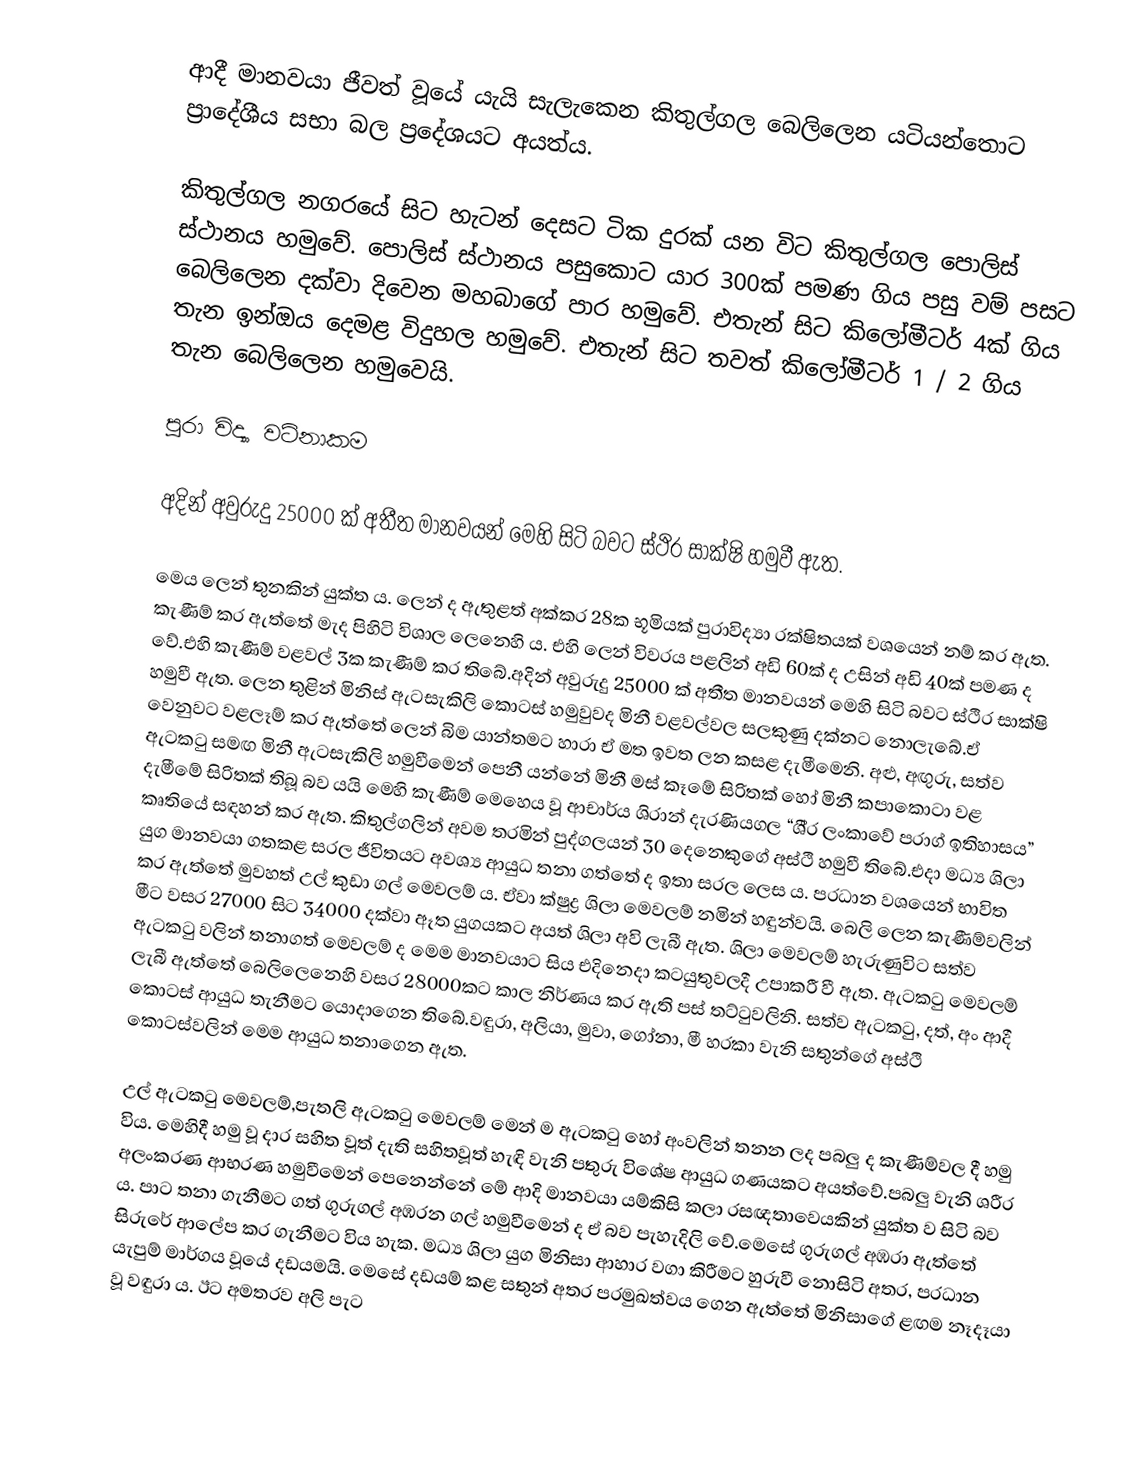
ආදී මානවයා ජීවත් වූයේ යැයි සැලැකෙන කිතුල්ගල බෙලිලෙන යටියන්තොට ප්‍රාදේශීය සභා බල ප්‍රදේශයට අයත්ය.

කිතුල්ගල නගරයේ සිට හැටන් දෙසට ටික දුරක් යන විට කිතුල්ගල පොලිස් ස්ථානය හමුවේ. පොලිස් ස්ථානය පසුකොට යාර 300ක් පමණ ගිය පසු වම් පසට බෙලිලෙන දක්වා දිවෙන මහබාගේ පාර හමුවේ. එතැන් සිට කිලෝමීටර් 4ක් ගිය තැන ඉන්ඔය දෙමළ විදුහල හමුවේ. එතැන් සිට තවත් කිලෝමීටර් 1 / 2 ගිය තැන බෙලිලෙන හමුවෙයි.

පුරා විද්‍යා වටිනාකම

අදින් අවුරුදු 25000 ක් අතීත මානවයන් මෙහි සිටි බවට ස්ථිර සාක්ෂි හමුවී ඇත.

මෙය ලෙන් තුනකින් යුක්ත ය. ලෙන් ද ඇතුළත් අක්කර 28ක භූමියක් පුරාවිද්‍යා රක්ෂිතයක් වශයෙන් නම් කර ඇත. කැණීම් කර ඇත්තේ මැද පිහිටි විශාල ලෙනෙහි ය. එහි ලෙන් විවරය පළලින් අඩි 60ක් ද උසින් අඩි 40ක් පමණ ද වේ.එහි කැණීම් වළවල් 3ක කැණීම් කර තිබේ.අදින් අවුරුදු 25000 ක් අතීත මානවයන් මෙහි සිටි බවට ස්ථිර සාක්ෂි හමුවී ඇත. ලෙන තුළින් මිනිස් ඇටසැකිලි කොටස් හමුවුවද මිනී වළවල්වල සලකුණු දක්නට නොලැබේ.ඒ වෙනුවට වළලෑම් කර ඇත්තේ ලෙන් බිම යාන්තමට හාරා ඒ මත ඉවත ලන කසළ දැමීමෙනි. අළු, අඟුරු, සත්ව ඇටකටු සමඟ මිනී ඇටසැකිලි හමුවීමෙන් පෙනී යන්නේ මිනී මස් කෑමේ සිරිතක් හෝ මිනී කපාකොටා වළ දැමීමේ සිරිතක් තිබූ බව යයි මෙහි කැණීම් මෙහෙය වූ ආචාර්ය ශිරාන් දැරණියගල “ශී‍්‍ර ලංකාවේ ප‍්‍රාග් ඉතිහාසය” කෘතියේ සඳහන් කර ඇත. කිතුල්ගලින් අවම තරමින් පුද්ගලයන් 30 දෙනෙකුගේ අස්ථි හමුවී තිබේ.එදා මධ්‍ය ශිලා යුග මානවයා ගතකළ සරල ජීවිතයට අවශ්‍ය ආයුධ තනා ගත්තේ ද ඉතා සරල ලෙස ය. ප‍්‍රධාන වශයෙන් භාවිත කර ඇත්තේ මුවහත් උල් කුඩා ගල් මෙවලම් ය. ඒවා ක්ෂුද්‍ර ශිලා මෙවලම් නමින් හඳුන්වයි. බෙලි ලෙන කැණීම්වලින් මීට වසර 27000 සිට 34000 දක්වා ඈත යුගයකට අයත් ශිලා අවි ලැබී ඇත. ශිලා මෙවලම් හැරුණුවිට සත්ව ඇටකටු වලින් තනාගත් මෙවලම් ද මෙම මානවයාට සිය එදිනෙදා කටයුතුවලදී උපාකරී වී ඇත. ඇටකටු මෙවලම් ලැබී ඇත්තේ බෙලිලෙනෙහි වසර 28000කට කාල නිර්ණය කර ඇති පස් තට්ටුවලිනි. සත්ව ඇටකටු, දත්, අං ආදී කොටස් ආයුධ තැනීමට යොදාගෙන තිබේ.වඳුරා, අලියා, මුවා, ගෝනා, මී හරකා වැනි සතුන්ගේ අස්ථි කොටස්වලින් මෙම ආයුධ තනාගෙන ඇත.

උල් ඇටකටු මෙවලම්,පැතලි ඇටකටු මෙවලම් මෙන් ම ඇටකටු හෝ අංවලින් තනන ලද පබලු ද කැණීම්වල දී හමු විය. මෙහිදී හමු වූ දාර සහිත වූත් දැති සහිතවූත් හැඳි වැනි පතුරු විශේෂ ආයුධ ගණයකට අයත්වේ.පබලු වැනි ශරීර අලංකරණ ආභරණ හමුවීමෙන් පෙනෙන්නේ මේ ආදි මානවයා යම්කිසි කලා රසඥතාවෙයකින් යුක්ත ව සිටි බව ය. පාට තනා ගැනීමට ගත් ගුරුගල් අඹරන ගල් හමුවීමෙන් ද ඒ බව පැහැදිලි වේ.මෙසේ ගුරුගල් අඹරා ඇත්තේ සිරුරේ ආලේප කර ගැනීමට විය හැක. මධ්‍ය ශිලා යුග මිනිසා ආහාර වගා කිරීමට හුරුවී නොසිටි අතර, ප‍්‍රධාන යැපුම් මාර්ගය වූයේ දඩයමයි. මෙසේ දඩයම් කළ සතුන් අතර ප‍්‍රමුඛත්වය ගෙන ඇත්තේ මිනිසාගේ ළඟම නෑදෑයා වූ වඳුරා ය. ඊට අමතරව අලි පැට